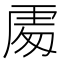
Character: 𠁅